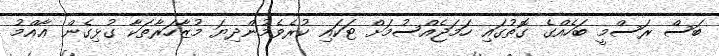
ބަސް ރަސްމީ ބަހެެއްގެ ގޮތުގައި ހަމަޖެއްސުމަށް ޓަކައި ކުރެވެމުންދިޔަ މުޒާހަރާތަކާ ގުޅިގެން ޢާއްމު